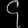
Digit: ၄